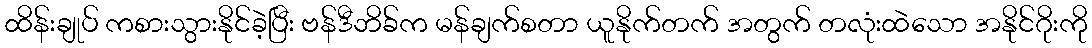
ထိန်းချုပ် ကစားသွားနိုင်ခဲ့ပြီး ဗန်ဒီဘိခ်က မန်ချက်စတာ ယူနိုက်တက် အတွက် တလုံးထဲသော အနိုင်ဂိုးကို